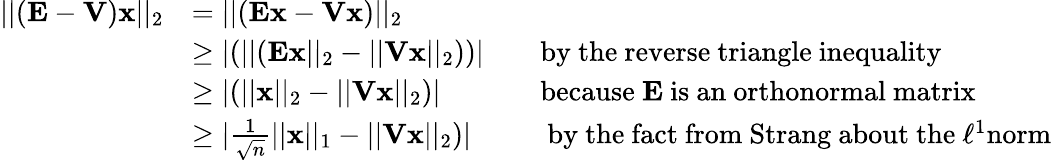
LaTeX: \begin{array}{rlrl}{||(\mathbf{E}-\mathbf{V})\mathbf{x}||_{2}}&{=||(\mathbf{Ex}-\mathbf{Vx})||_{2}}\\ &{\ge|(||(\mathbf{Ex}||_{2}-||\mathbf{Vx}||_{2}))|}&&{\mathrm{by~the~reverse~triangle~inequality}}\\ &{\ge|(||\mathbf{x}||_{2}-||\mathbf{Vx}||_{2})|}&&{\mathrm{because~}\mathbf{E}\mathrm{~is~an~orthonormal~matrix}}\\ &{\ge|\frac{1}{\sqrt{n}}||\mathbf{x}||_{1}-||\mathbf{Vx}||_{2})|}&&{\mathrm{~by~the~fact~from~Strang~about~the~}\ell^{1}\mathrm{norm}}\end{array}